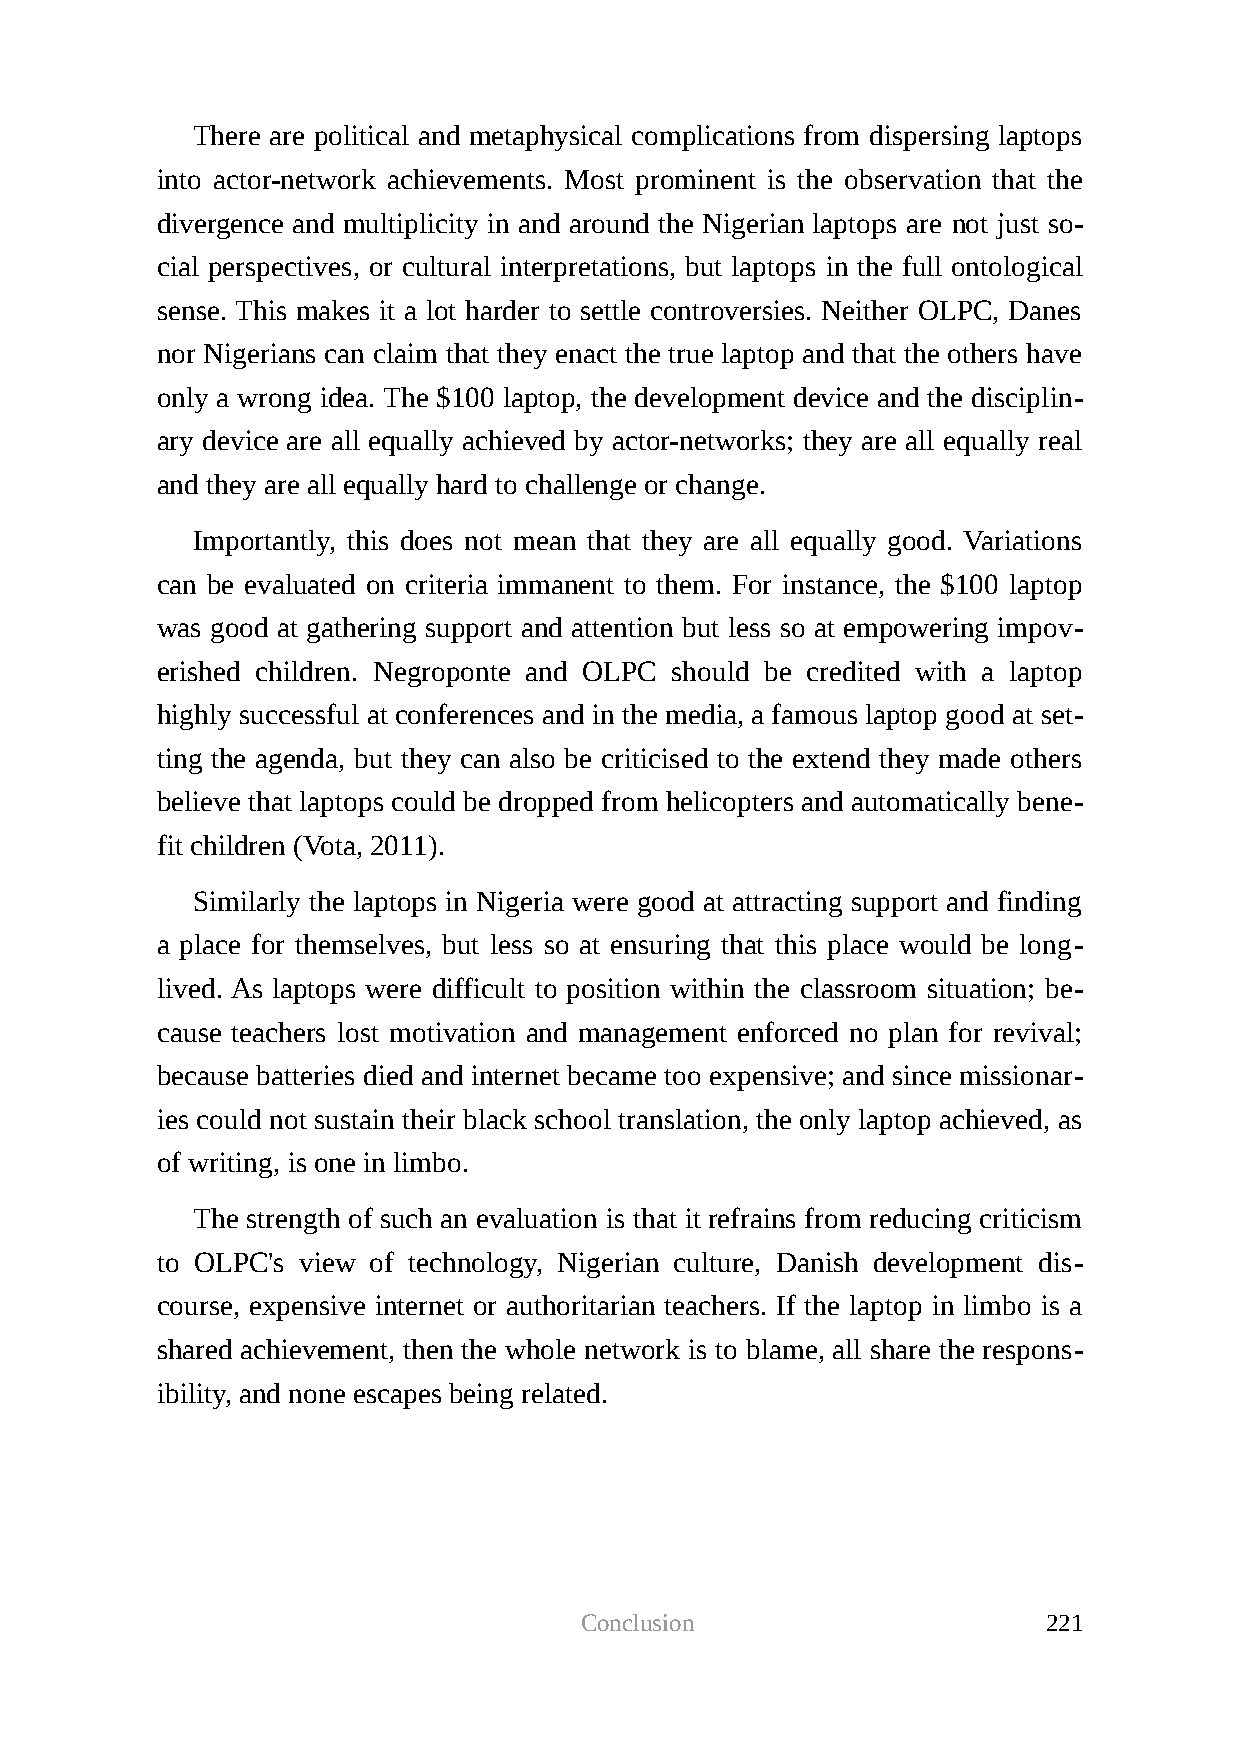
There are political and metaphysical complications from dispersing laptops
 into actor-network achievements. Most prominent is the observation that the
 divergence and multiplicity in and around the Nigerian laptops are not just so-
 cial perspectives, or cultural interpretations, but laptops in the full ontological
 sense. This makes it a lot harder to settle controversies. Neither OLPC, Danes
 nor Nigerians can claim that they enact the true laptop and that the others have
 only a wrong idea. The $100 laptop, the development device and the disciplin-
 ary device are all equally achieved by actor-networks; they are all equally real
 and they are all equally hard to challenge or change.
 Importantly, this does not mean that they are all equally good. Variations
 can be evaluated on criteria immanent to them. For instance, the $100 laptop
 was good at gathering support and attention but less so at empowering impov-
 erished children. Negroponte and OLPC should be credited with a laptop
 highly successful at conferences and in the media, a famous laptop good at set-
 ting the agenda, but they can also be criticised to the extend they made others
 believe that laptops could be dropped from helicopters and automatically bene-
 fit children (Vota, 2011).
 Similarly the laptops in Nigeria were good at attracting support and finding
 a place for themselves, but less so at ensuring that this place would be long-
 lived. As laptops were difficult to position within the classroom situation; be-
 cause teachers lost motivation and management enforced no plan for revival;
 because batteries died and internet became too expensive; and since missionar-
 ies could not sustain their black school translation, the only laptop achieved, as
 of writing, is one in limbo.
 The strength of such an evaluation is that it refrains from reducing criticism
 to OLPC's view of technology, Nigerian culture, Danish development dis-
 course, expensive internet or authoritarian teachers. If the laptop in limbo is a
 shared achievement, then the whole network is to blame, all share the respons-
 ibility, and none escapes being related.
 Conclusion                     221